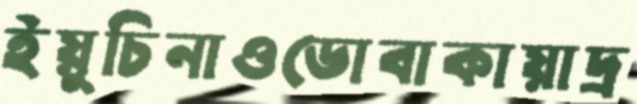
ইয়ুচিনাওডোবাকায়াদ্র